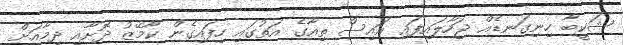
ޝަކީބާ ހިނިގަނޑެއް ޖަހާލައިފައި އައިސް ތިއާގެ އަތުގައި ހިފައިގެން ކާމޭޒު ދޮށާއި ދިމާއަށް